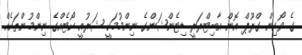
ގެ ވޯކިން ގްރޫޕް އޮން އާބިޓްރަރީ ޑިޓެންޝަންގެ ނިންމުމަކީ ޝަރުއީ ކޯޓެއްގެ ނިންމުންތަކެއް